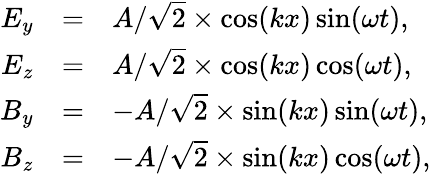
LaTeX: \begin{array}{rcl}{E_{y}}&{=}&{A/\sqrt{2}\times\cos(kx)\sin(\omega t),}\\ {E_{z}}&{=}&{A/\sqrt{2}\times\cos(kx)\cos(\omega t),}\\ {B_{y}}&{=}&{-A/\sqrt{2}\times\sin(kx)\sin(\omega t),}\\ {B_{z}}&{=}&{-A/\sqrt{2}\times\sin(kx)\cos(\omega t),}\end{array}